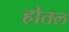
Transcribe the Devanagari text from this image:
होतल